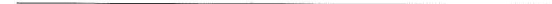
___